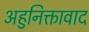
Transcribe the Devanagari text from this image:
अहुनिक्तावाद